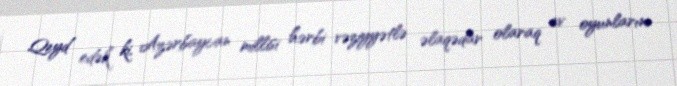
Qeyd edək ki, Azərbaycan millisi hərbi vəziyyətlə əlaqədar olaraq ev oyunlarını